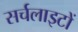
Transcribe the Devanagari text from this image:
सर्चलाइटों